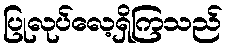
ပြုလုပ်လေ့ရှိကြသည်